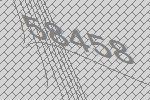
58458